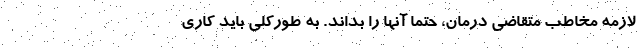
لازمه مخاطب متقاضی درمان،‌ حتماً آنها را بداند. به طورکلی باید کاری